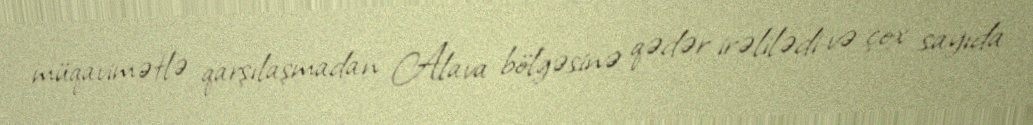
müqavimətlə qarşılaşmadan Alava bölgəsinə qədər irəlilədi və çox sayıda